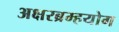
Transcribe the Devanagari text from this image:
अक्षरब्रम्हयोग